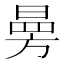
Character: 㬅